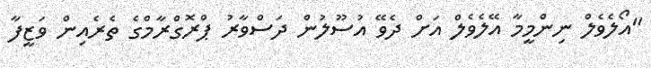
"އޯލެވެލް ނިންމީމާ އޭލެވެލް އަށް ދެވޭ އުސޫލުން ދަސްވާރު ޕްރޮގްރާމްގެ ތެރެއިން ވަޒީފާ